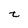
Character: t